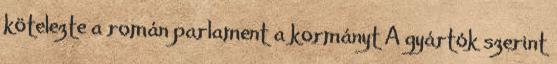
kötelezte a román parlament a kormányt A gyártók szerint